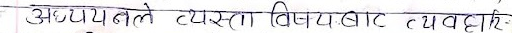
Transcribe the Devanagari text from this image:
अझप्यबले त्यस्तौ विजयबाट त्यावहारि